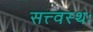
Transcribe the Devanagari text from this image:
सत्त्वस्थः